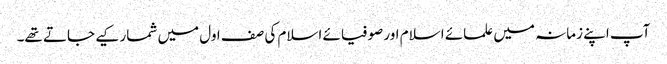
آپ اپنے زمانہ میں علمائے اسلام اور صوفیائے اسلام کی صف اول میں شمار کیے جاتے تھے۔